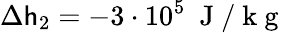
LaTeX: \Delta\mathsf{h}_{2}=-3\cdot10^{5}~\mathrm{{~J~/~k~g~}}